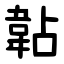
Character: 䪓